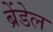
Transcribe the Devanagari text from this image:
ब्रेंडेल